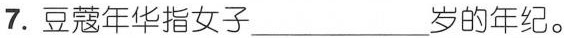
7.豆蔻年华指女子___岁的年纪。